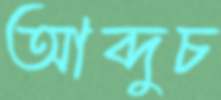
আব্দুচ